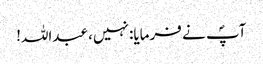
آپؐ نے فرمایا: نہیں، عبداللہ!